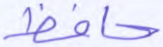
حافظ